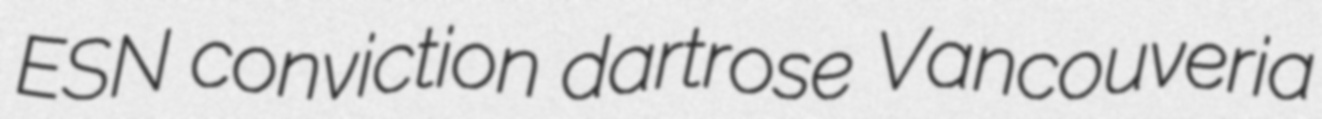
ESN conviction dartrose Vancouveria